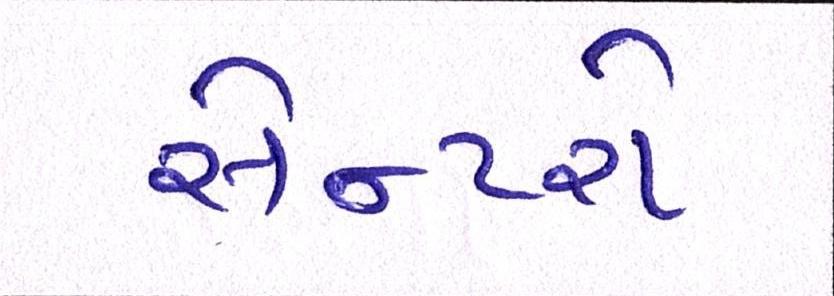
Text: સેન્ટરો